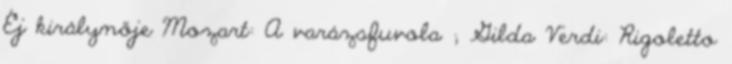
Éj királynője Mozart: A varázsfuvola ; Gilda Verdi: Rigoletto